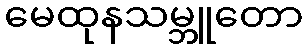
မေထုနသမ္ဘူတော